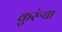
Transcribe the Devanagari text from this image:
कुरूंचा